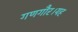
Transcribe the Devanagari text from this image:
गणगौर।यह